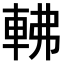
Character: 𨋥